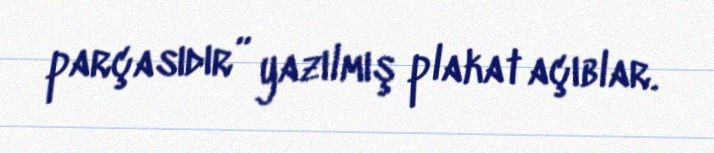
parçasıdır” yazılmış plakat açıblar.